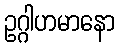
ဥဂ္ဂါဟမာနော